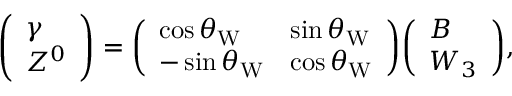
{ \left( \begin{array} { l } { \gamma } \\ { Z ^ { 0 } } \end{array} \right) } = { \left( \begin{array} { l l } { \cos \theta _ { \mathrm { W } } } & { \sin \theta _ { \mathrm { W } } } \\ { - \sin \theta _ { \mathrm { W } } } & { \cos \theta _ { \mathrm { W } } } \end{array} \right) } { \left( \begin{array} { l } { B } \\ { W _ { 3 } } \end{array} \right) } ,